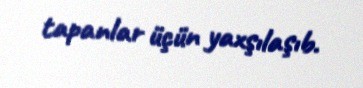
tapanlar üçün yaxşılaşıb.